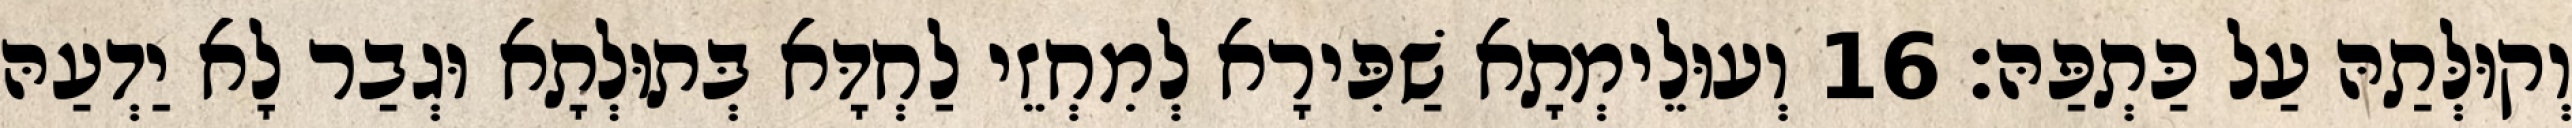
וְקוּלְּתַהּ עַל כַּתְפַּהּ׃ 16 וְעוּלֵימְתָא שַׁפִּירָא לְמִחְזֵי לַחְדָּא בְּתוּלְתָא וּגְבַר לָא יַדְעַהּ